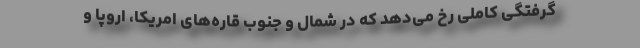
گرفتگی کاملی رخ می‌دهد که در شمال و جنوب قاره‌های امریکا، اروپا و